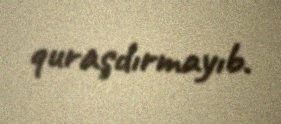
quraşdırmayıb.